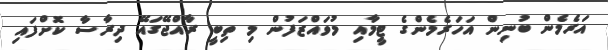
އަރެމެން ބުނިން އަހަރެމެންގެ ޓީމާއި މުވައްޒަފުން މި ތިބީ ރާއްޖޭގައޭ ދިރާސާ ކޮށްފައި